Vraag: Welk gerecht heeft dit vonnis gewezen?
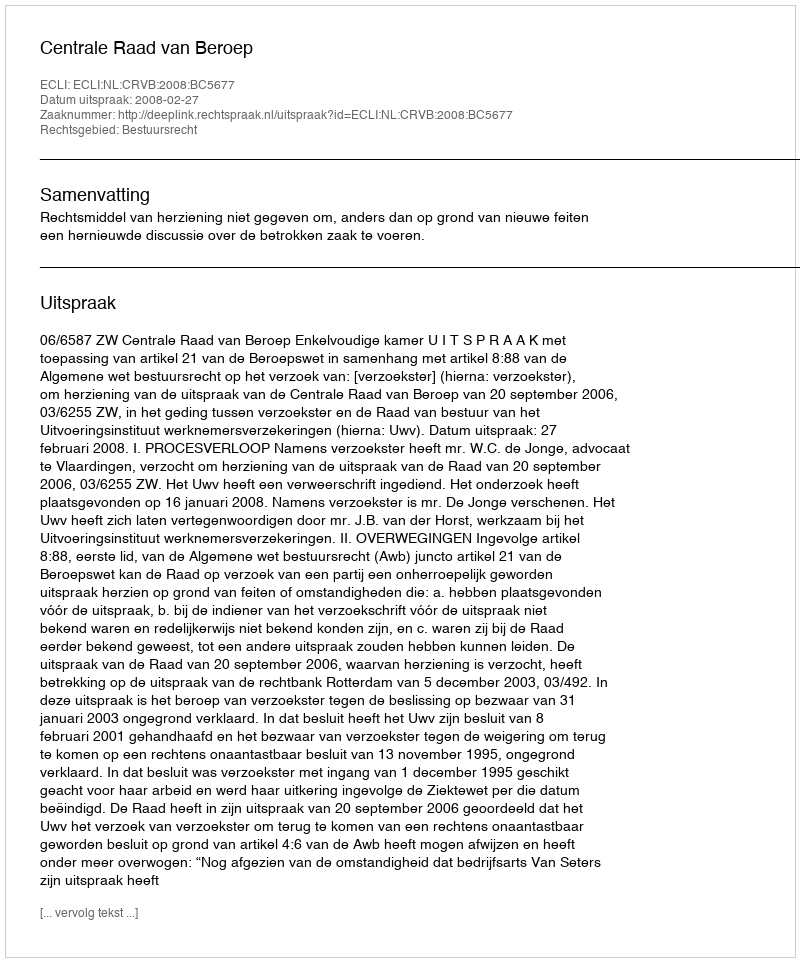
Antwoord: Centrale Raad van Beroep